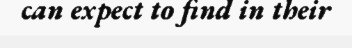
can expect to find in their